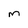
Character: m